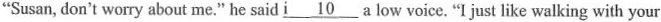
"Susan, don't worry about me." he said \underline{i10} a low voice. "I just like walking with your